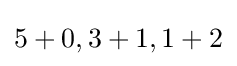
5+0,3+1,1+2